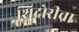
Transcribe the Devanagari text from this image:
शिदोरीचा